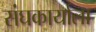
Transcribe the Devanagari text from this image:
संघकार्याला